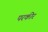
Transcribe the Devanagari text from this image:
परकीर